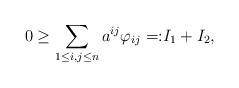
LaTeX: \begin{align*}0\geq \sum_{1\leq i,j\leq n}a^{ij}\varphi_{ij}=:&I_1+I_2,\end{align*}